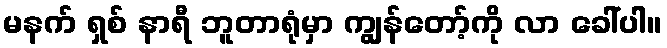
မနက် ရှစ် နာရီ ဘူတာရုံမှာ ကျွန်တော့်ကို လာ ခေါ်ပါ။